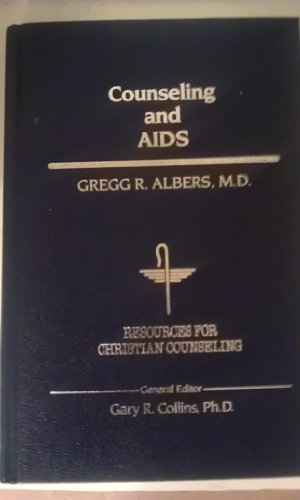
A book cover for Counseling And AIDS (Resources for Christian Counseling); Gregg R., M.D. Albers; Christian Books & Bibles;